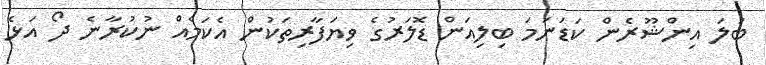
ބަލަ އިންޝޫރެން ކަޑަނަމަ ބިލިއަން ޑޮލަރުގެ ވިޔަފާރިތަކުން އެކަމެއް ނުކުރާނެ ދޯ އަޅެ